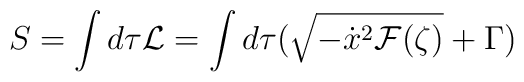
S=\int d\tau {\cal L}=\int d\tau (\sqrt{-\dot x^2{\cal F}(\zeta )}+\Gamma )